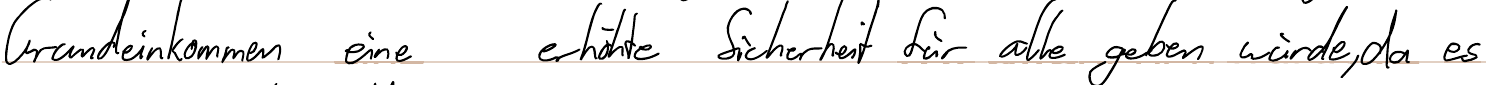
Grundeinkommen eine erhöhte Sicherheit für alle geben würde, da es